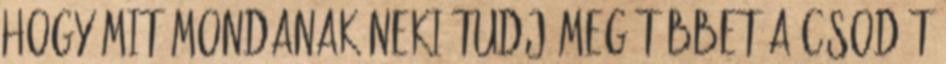
hogy mit mondanak neki Tudj meg többet A csodát